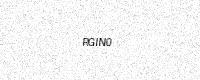
Text: RGIN0